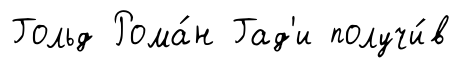
Гольд Рома́н Гад'и получи́в